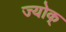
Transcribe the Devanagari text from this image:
ज्योक्